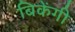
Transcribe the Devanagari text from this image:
बिकेंगी